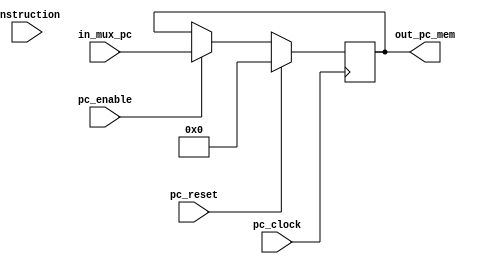
`timescale 1ns / 1ps
//////////////////////////////////////////////////////////////////////////////////
// Company: 
// Engineer: 
// 
// Design Name: 
// Module Name: alu
// Project Name: 
// Target Devices: 
// Tool Versions: 
// Description: 
// 
// Dependencies: 
// 
// Revision:
// Revision 0.01 - File Created
// Additional Comments:
// 
//////////////////////////////////////////////////////////////////////////////////

module PC#(
        //Parameters
       parameter    N_BITS = 32,
       parameter    N_BITS_PC = 11,
       parameter    HALT_OPCODE = 'hffffffff,
       parameter    INST_MEMORY_BITS=26
    )    
    (
        //Inputs
        input   wire                                pc_enable,
        input   wire                                pc_clock,
        input   wire                                pc_reset,    
        input   wire    [INST_MEMORY_BITS -1 : 0]   instruction,
        input   wire    [N_BITS - 1 : 0]            in_mux_pc,
        //Outputs   
        output   wire    [N_BITS - 1 : 0]           out_pc_mem
    );
    
    reg     [N_BITS - 1 : 0]    pc;
    
    assign out_pc_mem = pc;
    
    always@(posedge pc_clock)
        if(pc_reset) 
        begin
            pc <= 0;
        end
        else if(pc_enable && (instruction != HALT_OPCODE))
        begin
            pc <= in_mux_pc;
        end
        else 
        begin
            pc <= pc;
        end
       
endmodule